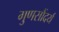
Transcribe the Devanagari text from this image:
गुणसौंदर्य